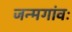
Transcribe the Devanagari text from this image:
जन्मगांवः